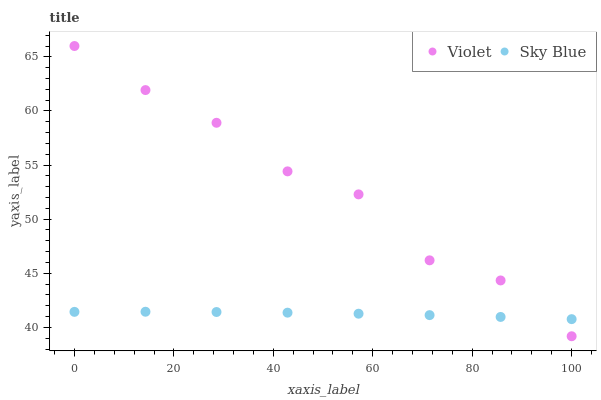
| xaxis_label | Violet | Sky Blue |
 | --- | --- | --- |
 | 0 | 66 | 41.4 |
 | 14.3 | 61.9 | 41.4 |
 | 28.6 | 58.9 | 41.4 |
 | 42.9 | 54.4 | 41.4 |
 | 57.1 | 52.3 | 41.3 |
 | 71.4 | 46.2 | 41.1 |
 | 85.7 | 44.3 | 41 |
 | 100 | 39.2 | 40.8 |